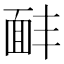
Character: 𩈈